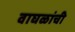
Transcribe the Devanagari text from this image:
वाघळांची